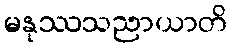
မနုဿသညာယာတိ